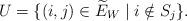
LaTeX: \begin{align*}U=\{(i,j)\in \widetilde E_W\mid i\notin S_j\}.\end{align*}